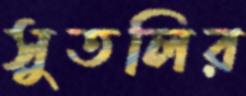
সুতলির